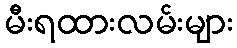
မီးရထားလမ်းများ